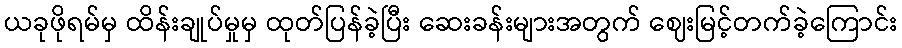
ယခုဖိုရမ်မှ ထိန်းချုပ်မှုမှ ထုတ်ပြန်ခဲ့ပြီး ဆေးခန်းများအတွက် ဈေးမြင့်တက်ခဲ့ကြောင်း